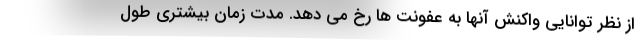
از نظر توانایی واکنش آنها به عفونت ها رخ می دهد. مدت زمان بیشتری طول